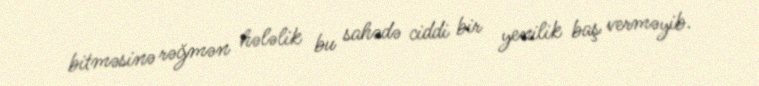
bitməsinə rəğmən hələlik bu sahədə ciddi bir yenilik baş verməyib.